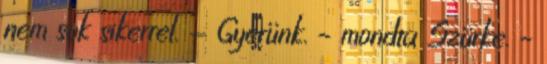
nem sok sikerrel. - Gyerünk. – mondta Szürke. –